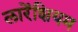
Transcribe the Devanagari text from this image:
लारेंशियम